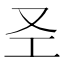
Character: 𱑱